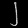
Digit: ၂